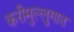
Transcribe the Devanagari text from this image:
करीमुल्लुगात